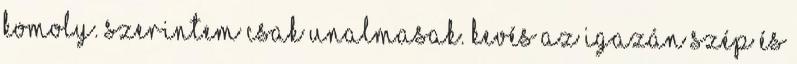
komoly. Szerintem csak unalmasak. Kevés az igazán szép és